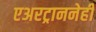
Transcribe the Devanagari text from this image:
एअरट्राननेही